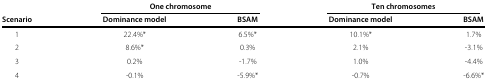
<table><thead><tr><td><b> </b></td><td colspan="2"><b>One chromosome</b></td><td colspan="2"><b>Ten chromosomes</b></td></tr><tr><td><b>Scenario</b></td><td><b>Dominance model</b></td><td><b>BSAM</b></td><td><b>Dominance model</b></td><td><b>BSAM</b></td></tr></thead><tbody><tr><td>1</td><td>22.4%*</td><td>6.5%*</td><td>10.1%*</td><td>1.7%</td></tr><tr><td>2</td><td>8.6%*</td><td>0.3%</td><td>2.1%</td><td>-3.1%</td></tr><tr><td>3</td><td>0.2%</td><td>-1.7%</td><td>1.0%</td><td>-4.4%</td></tr><tr><td>4</td><td>-0.1%</td><td>-5.9%*</td><td>-0.7%</td><td>-6.6%*</td></tr></tbody></table>